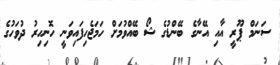
ސަނަމް ޕޫރީ އާއި އޭނާގެ ބޭންޑުގެ ޝޯ ބޭއްވުމަށް ހަމަޖެހިފައިވަނީ ހޮނިހިރު ދުވަހުގެ